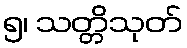
၅၊ သတ္တိသုတ်